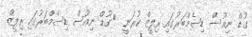
ގުޑް ނިއުސް ޑިސެމްބަރުގައި ރިލީޒް ކުރަނީ  	ގުޑް ނިއުސް ޑިސެމްބަރުގައި ރިލީޒް